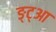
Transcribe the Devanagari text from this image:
ङ्ट्आ